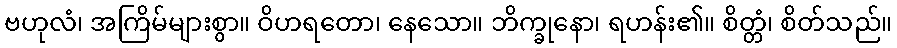
ဗဟုလံ၊ အကြိမ်များစွာ။ ဝိဟရတော၊ နေသော။ ဘိက္ခုနော၊ ရဟန်း၏။ စိတ္တံ၊ စိတ်သည်။